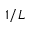
1 / L